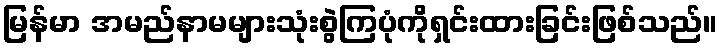
မြန်မာ အမည်နာမများသုံးစွဲကြပုံကိုရှင်းထားခြင်းဖြစ်သည်။